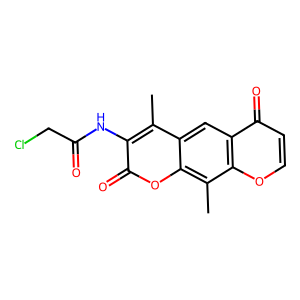
SMILES: Cc1c(NC(=O)CCl)c(=O)oc2c(C)c3occc(=O)c3cc12
Inhibits HIV replication: No